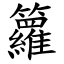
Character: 籮